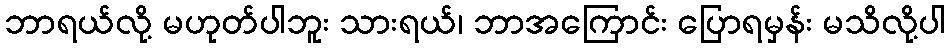
ဘာရယ်လို့ မဟုတ်ပါဘူး သားရယ်၊ ဘာအကြောင်း ပြောရမှန်း မသိလို့ပါ